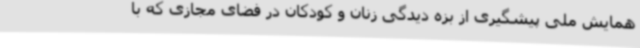
همایش ملی پیشگیری از بزه دیدگی زنان و کودکان در فضای مجازی که با